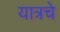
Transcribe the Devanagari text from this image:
यात्रचे